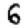
Digit: 6